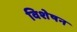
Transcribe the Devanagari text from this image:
विशेषन